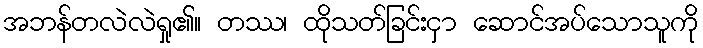
အဘန်တလဲလဲရှု၏။ တဿ၊ ထိုသတ်ခြင်းငှာ ဆောင်အပ်သောသူကို